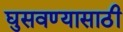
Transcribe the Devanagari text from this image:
घुसवण्यासाठी